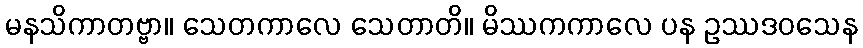
မနသိကာတဗ္ဗာ။ သေတကာလေ သေတာတိ။ မိဿကကာလေ ပန ဥဿဒဝသေန